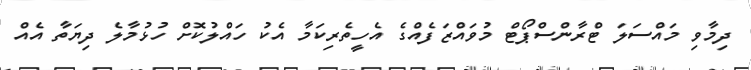
ދިމާވި މައްސަލަ ޓްރާންސްޕޯޓް މުވައްޒަފެއްގެ އެހީތެރިކަމާ އެކު ހައްލުކޮށް ހުޅުމާލެ ދިޔަތާ އެއް